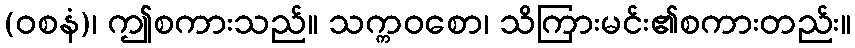
(ဝစနံ)၊ ဤစကားသည်။ သက္ကဝစော၊ သိကြားမင်း၏စကားတည်း။